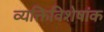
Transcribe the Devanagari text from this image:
व्यक्तिविशेषांक